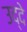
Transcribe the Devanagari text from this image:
उद्दे